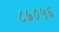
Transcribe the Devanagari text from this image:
८७०५६